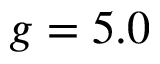
g = 5 . 0